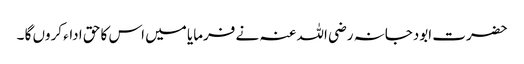
حضرت ابودجانہ رضی اللہ عنہ نے فرمایا میں اس کا حق اداء کروں گا ۔